Vaccination in Burma 1900-1911 - 1900-1911
Year: 1900
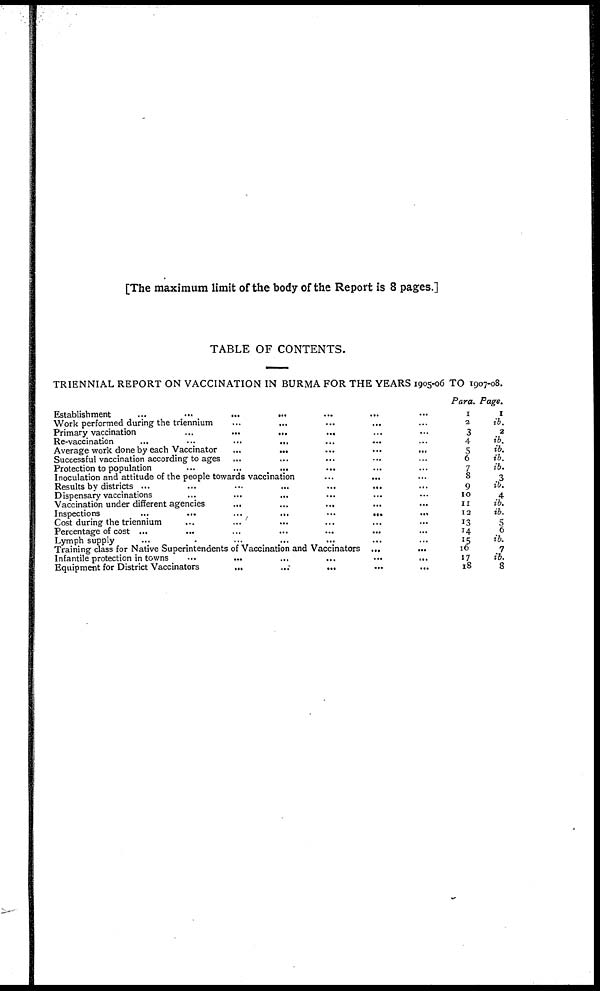
[The maximum limit of the body of the Report is 8 pages.]
TABLE OF CONTENTS.
TRIENNIAL REPORT ON VACCINATION IN BURMA FOR THE YEARS 1905-06 TO 1907-08.
Establishment ...
...
...
...
Work performed during the triennium
Primary vaccination
...
...
...
Re-vaccination
...
...
...
...
Average work done by each Vaccinator
...
...
...
...
Successful vaccination according to ages ... ... ... ...
Protection to population
...
...
...
...
Inoculation and attitude of the people towards vaccination
...
...
...
...
Results by districts
...
...
...
...
Dispensary vaccinations... ... ... ...
Vaccination under different agencies... ... ...
Inspections...
...
...
...
Cost during the triennium... ... ... ...
Percentage of cost ... ... ...
Lymph supply
...
...
...
Training class for Native Superintendents of Vaccination and
Vaccinators...
...
...
Infantile protection in towns
...
...
...
...
Equipment for District Vaccinators
...
...
...
...
Para.
1
2
3
4
5
6
7
8
9
10
11
12
13
14
15
16
17
18
Page.
1
ib.
2
ib.
ib.
ib.
ib.
3
ib.
4
ib.
ib.
5
6
ib.
7
ib.
8